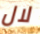
لال